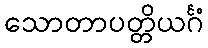
သောတာပတ္တိယင်္ဂံ